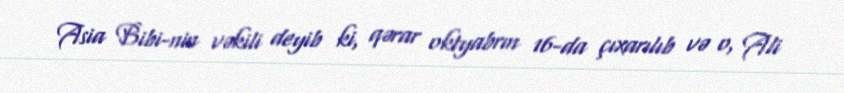
Asia Bibi-nin vəkili deyib ki, qərar oktyabrın 16-da çıxarılıb və o, Ali